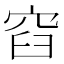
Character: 𮃼